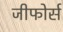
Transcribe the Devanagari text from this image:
जीफोर्स